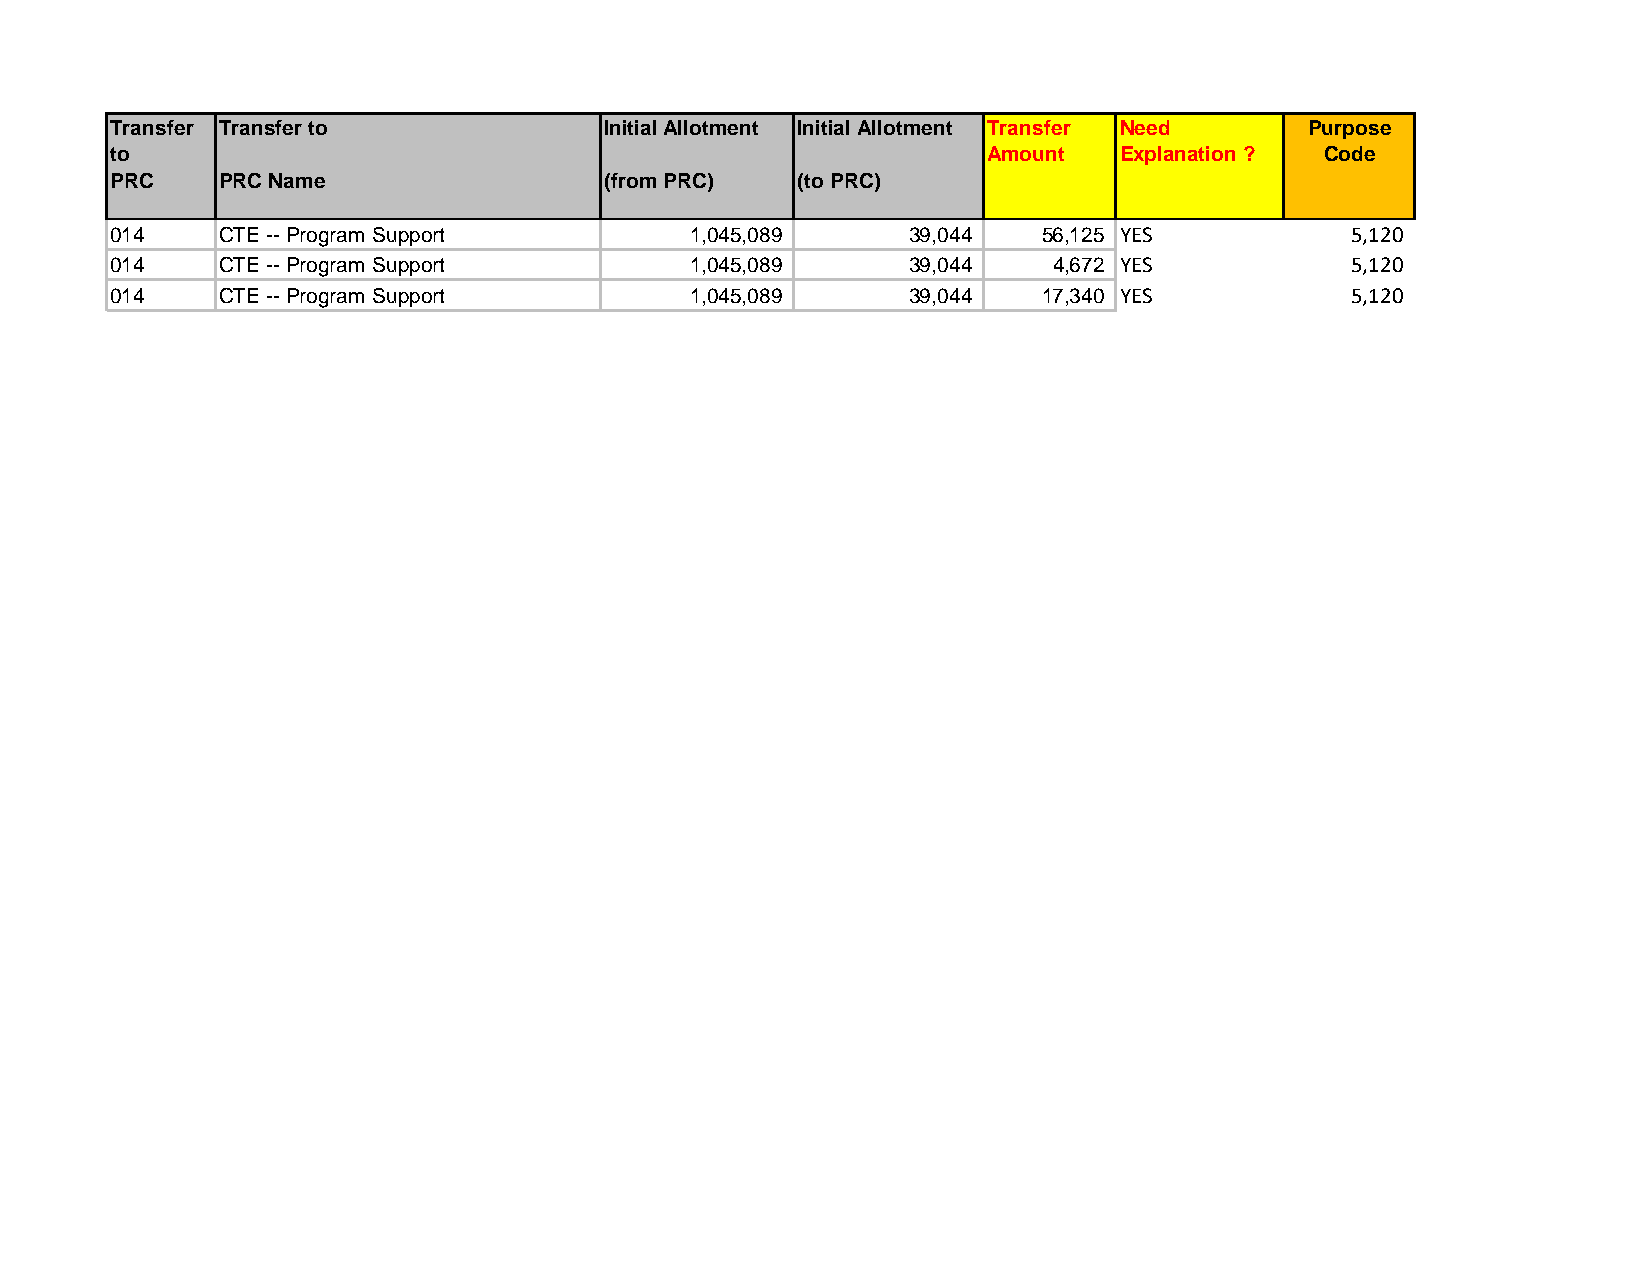
Transfer Transfer to             Initial Allotment Initial Allotment Transfer Need Purpose
 to                                                        Amount   Explanation ? Code
 PRC     PRC Name                 (from PRC)   (to PRC)
 014     CTE -- Program Support         1 ,045,089    3 9,044  5 6,125 YES         5,120
 014     CTE -- Program Support         1 ,045,089    3 9,044   4 ,672 YES         5,120
 014     CTE -- Program Support         1 ,045,089    3 9,044  1 7,340 YES         5,120